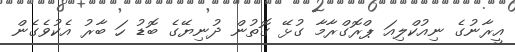
އީރާނުގެ ނިއުކްލިއަ ޕްރޮގްރާމާ ގުޅޭ ގޮތުން ދުނިޔޭގެ ބޮޑު ހަ ބާރު އެކުވެގެން